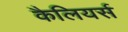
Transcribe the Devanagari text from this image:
कैलियर्स